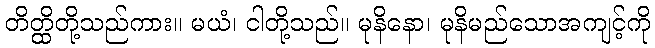
တိတ္ထိတို့သည်ကား။ မယံ၊ ငါတို့သည်။ မုနိနော၊ မုနိမည်သောအကျင့်ကို